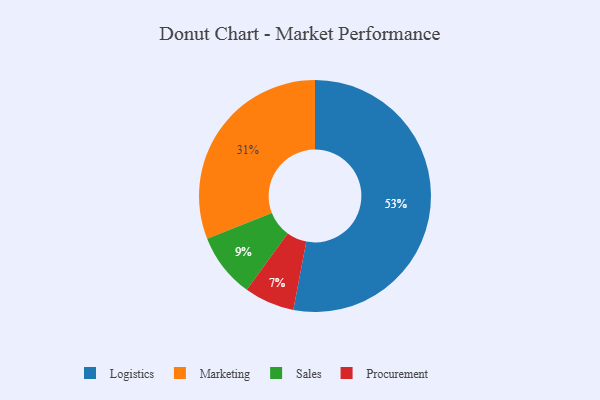
{"axis": {"x": "Category", "y": "Percentage"}, "legend": ["Logistics", "Marketing", "Procurement", "Sales"], "data": [{"x": "Procurement", "y": 7, "type": "Procurement"}, {"x": "Logistics", "y": 53, "type": "Logistics"}, {"x": "Sales", "y": 9, "type": "Sales"}, {"x": "Marketing", "y": 31, "type": "Marketing"}]}